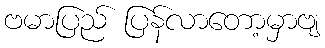
ဗမာပြည် ပြန်လာတော့မှာဗျ